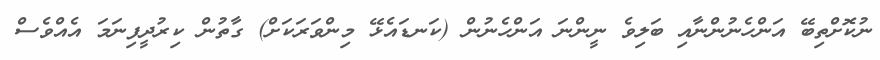
ނުކޮށްތިބޭ އަންހެނުންނާއި ބަލިވެ ނީންނަ އަންހެނުން (ކަނޑައެޅޭ މިންވަރަކަށް) ގާތުން ކިރުދީފިނަމަ އެއްވެސް